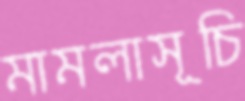
মামলাসূচি